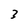
Character: 3